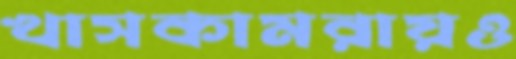
খাসকামরায়ও